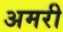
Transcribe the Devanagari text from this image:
अमरी